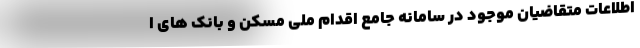
اطلاعات متقاضیان موجود در سامانه جامع اقدام ملی مسکن و بانک های ا